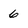
Character: 6